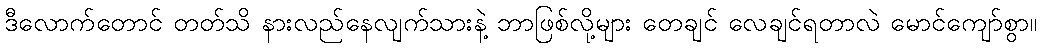
ဒီလောက်တောင် တတ်သိ နားလည်နေလျက်သားနဲ့ ဘာဖြစ်လို့များ တေချင် လေချင်ရတာလဲ မောင်ကျော်စွာ။